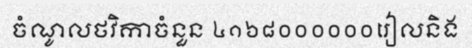
ចំណូលថវិកាចំនួន ៤១៦៨០០០០០០រៀលនិង